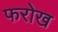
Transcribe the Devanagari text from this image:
फरोख